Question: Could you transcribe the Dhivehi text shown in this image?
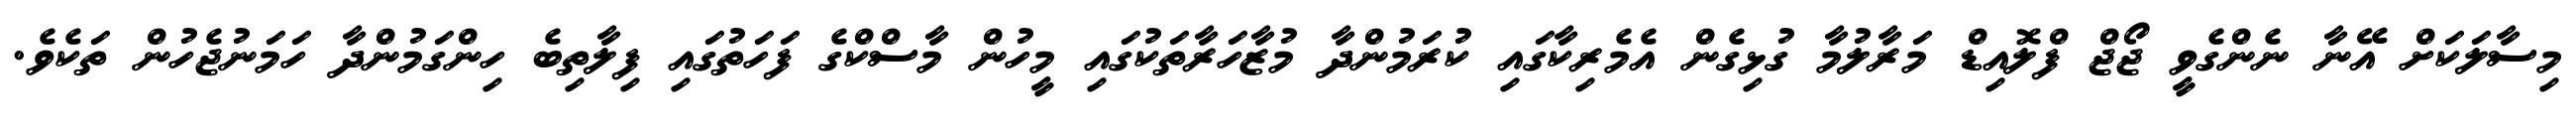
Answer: މިސާލަކަށް އޭނާ ނެންގެވީ ޖޯޖް ފްލޮއިޑް މަރާލުމާ ގުޅިގެން އެމެރިކާގައި ކުރަމުންދާ މުޒާހަރާތަކުގައި މީހުން މާސްކްގެ ފަހަތުގައި ފިލާތިބެ ހިންގަމުންދާ ހަމަނުޖެހުން ތަކެވެ.